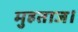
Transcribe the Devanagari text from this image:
मुहताज।